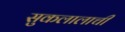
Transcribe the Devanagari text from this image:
सुकलालाची